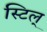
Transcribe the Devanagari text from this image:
स्टिल्